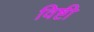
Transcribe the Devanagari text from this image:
विष्टी